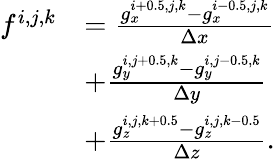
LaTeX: \begin{array}{rl}{f^{i,j,k}}&{=\frac{g_{x}^{i+0.5,j,k}-g_{x}^{i-0.5,j,k}}{\Delta x}}\\ &{+\frac{g_{y}^{i,j+0.5,k}-g_{y}^{i,j-0.5,k}}{\Delta y}}\\ &{+\frac{g_{z}^{i,j,k+0.5}-g_{z}^{i,j,k-0.5}}{\Delta z}.}\end{array}